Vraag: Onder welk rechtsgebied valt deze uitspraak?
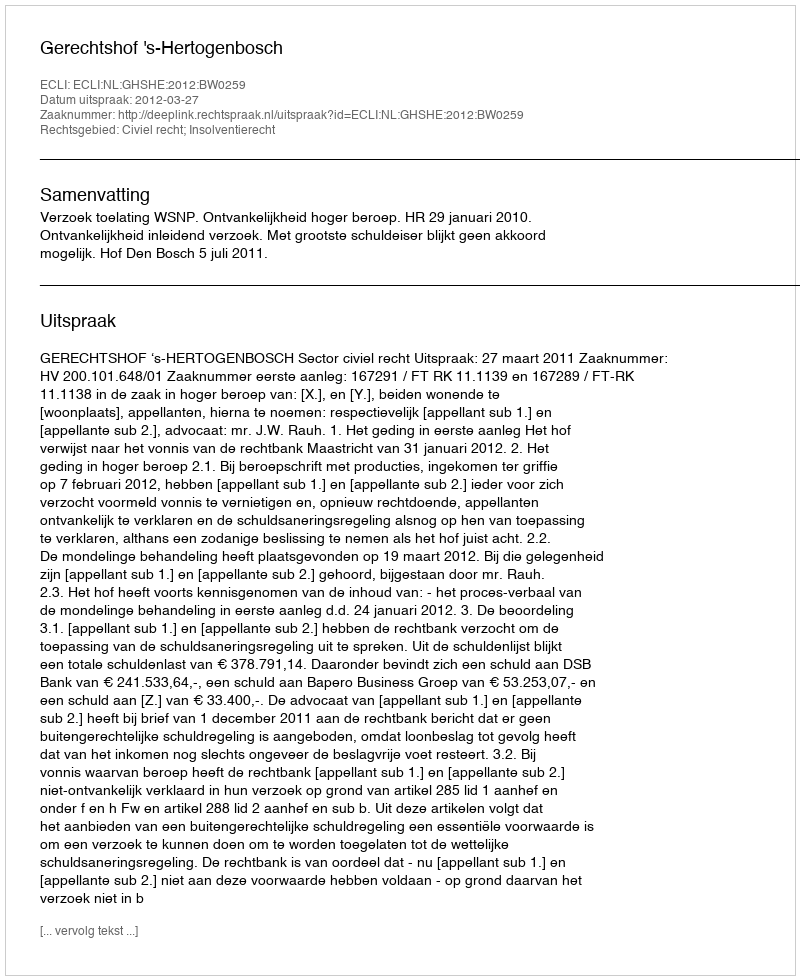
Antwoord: Civiel recht; Insolventierecht